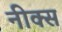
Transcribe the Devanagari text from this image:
नीक्स